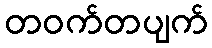
တဝက်တပျက်